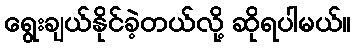
ရွေးချယ်နိုင်ခဲ့တယ်လို့ ဆိုရပါမယ်။